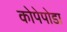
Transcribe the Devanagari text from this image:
कोपेपोडा